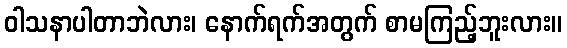
ဝါသနာပါတာဘဲလား၊ နောက်ရက်အတွက် စာမကြည့်ဘူးလား။